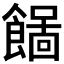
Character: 𩞓